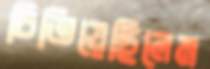
চিতিয়েছিলেম